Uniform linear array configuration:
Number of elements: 8
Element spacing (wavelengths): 1
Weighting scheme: binomial
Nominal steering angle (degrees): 45
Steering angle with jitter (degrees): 44.822
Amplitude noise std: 0.05
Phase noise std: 0.05

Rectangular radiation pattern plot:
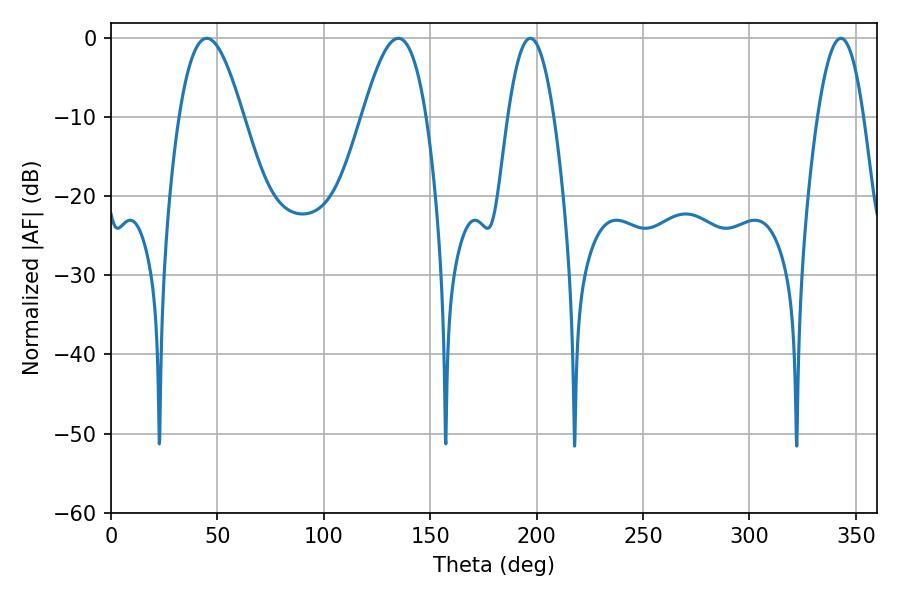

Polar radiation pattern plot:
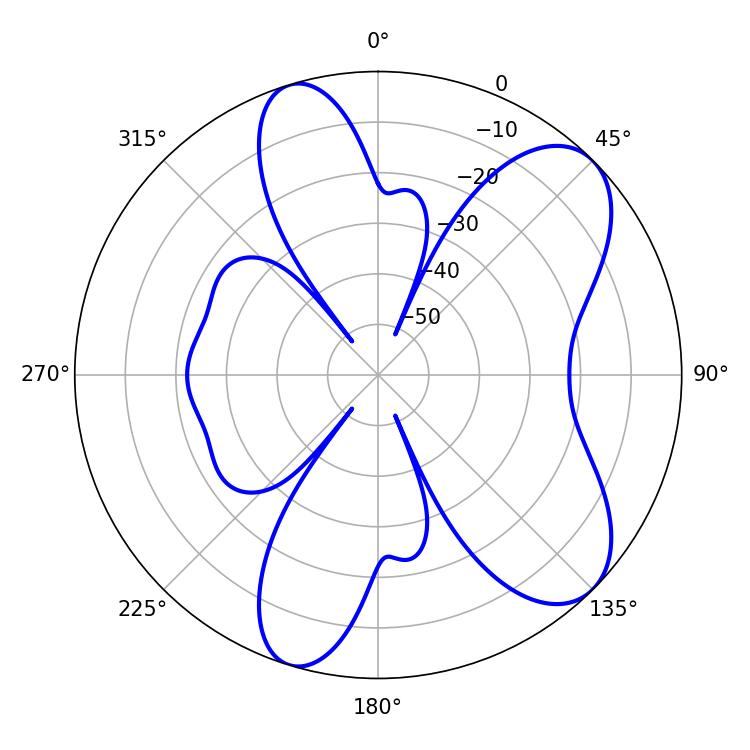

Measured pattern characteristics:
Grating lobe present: TRUE
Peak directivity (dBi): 8.038
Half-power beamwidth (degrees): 16.38
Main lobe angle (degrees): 45